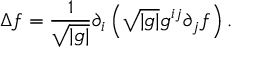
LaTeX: \Delta f = { \frac { 1 } { \sqrt { | g | } } } \partial _ { i } \left( { \sqrt { | g | } } g ^ { i j } \partial _ { j } f \right) .